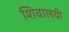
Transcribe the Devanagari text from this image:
शिवालयी